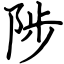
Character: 陟